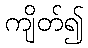
ကျိတ်၍